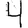
Digit: 4